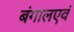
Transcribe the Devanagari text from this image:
बंगालएवं